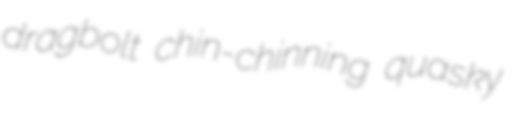
dragbolt chin-chinning quasky